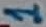
Text: 1